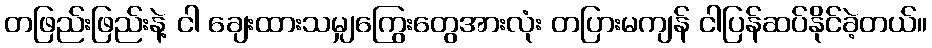
တဖြည်းဖြည်းနဲ့ ငါ ချေးထားသမျှကြွေးတွေအားလုံး တပြားမကျန် ငါပြန်ဆပ်နိုင်ခဲ့တယ်။